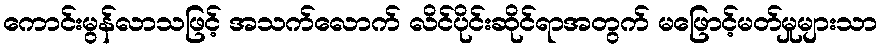
ကောင်းမွန်လာသဖြင့် အသက်လောက် လိင်ပိုင်းဆိုင်ရာအတွက် မဖြောင့်မတ်မှုများသာ